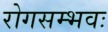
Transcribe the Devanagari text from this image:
रोगसम्भवः